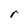
Character: r